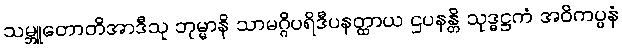
သမ္ဘူတောတိအာဒီသု ဘုမ္မာနိ သာမဂ္ဂိပရိဒီပနတ္ထာယ ဌပနန္တိ သုဒ္ဓဋ္ဌကံ အဝိကပ္ပနံ